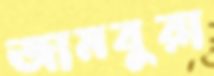
জামবুরা